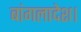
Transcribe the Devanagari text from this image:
बांगलादेश।